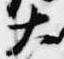
大